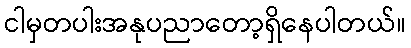
ငါမှတပါးအနုပညာတော့ရှိနေပါတယ်။